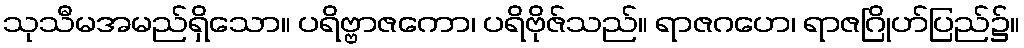
သုသီမအမည်ရှိသော။ ပရိဗ္ဗာဇကော၊ ပရိဗိုဇ်သည်။ ရာဇဂဟေ၊ ရာဇဂြိုဟ်ပြည်၌။